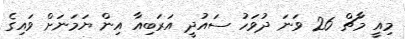
މިއީ މާޗް 26 ވަނަ ދުވަހު ސައުދީ އަރަބިއާ އިން ޔަމަނަށް ވައިގެ